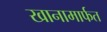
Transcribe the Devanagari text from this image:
खानामार्फत